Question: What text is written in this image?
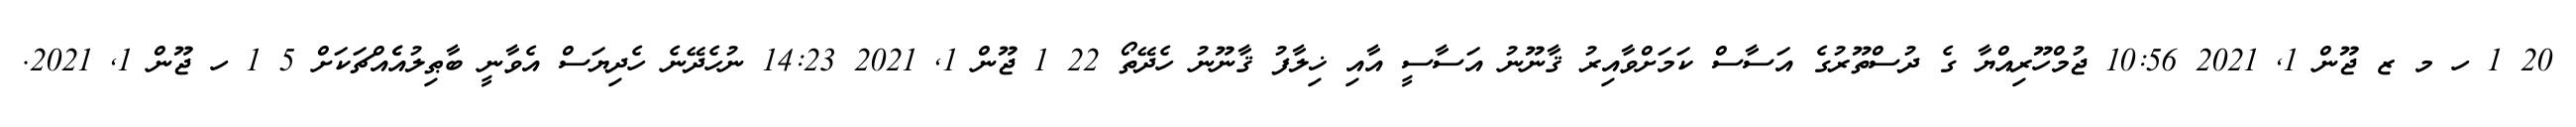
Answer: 20 1 ހ މ ޒ ޖޫން 1, 2021 10:56 ޖުމްހޫރިއްޔާ ގެ ދުސްތޫރުގެ އަސާސް ކަމަށްވާއިރު ޤާނޫނު އަސާސީ އާއި ޚިލާފު ޤާނޫނު ހެދޭތޯ 22 1 ޖޫން 1, 2021 14:23 ނުހެދޭނެ ހެދިޔަސް އެވާނީ ބާޠިލުއެެއްޗަކަށް 5 1 ހ ޖޫން 1, 2021.